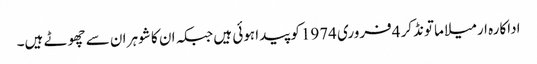
اداکارہ ارمیلا ماتونڈکر 4فروری 1974کو پیدا ہوئی ہیں جبکہ ان کا شوہر ان سے چھوٹے ہیں۔